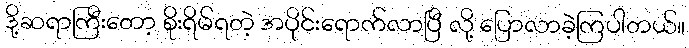
ဒို့ဆရာကြီးတော့ စိုးရိမ်ရတဲ့ အပိုင်းရောက်လာပြီ လို့ ပြောလာခဲ့ကြပါတယ်။